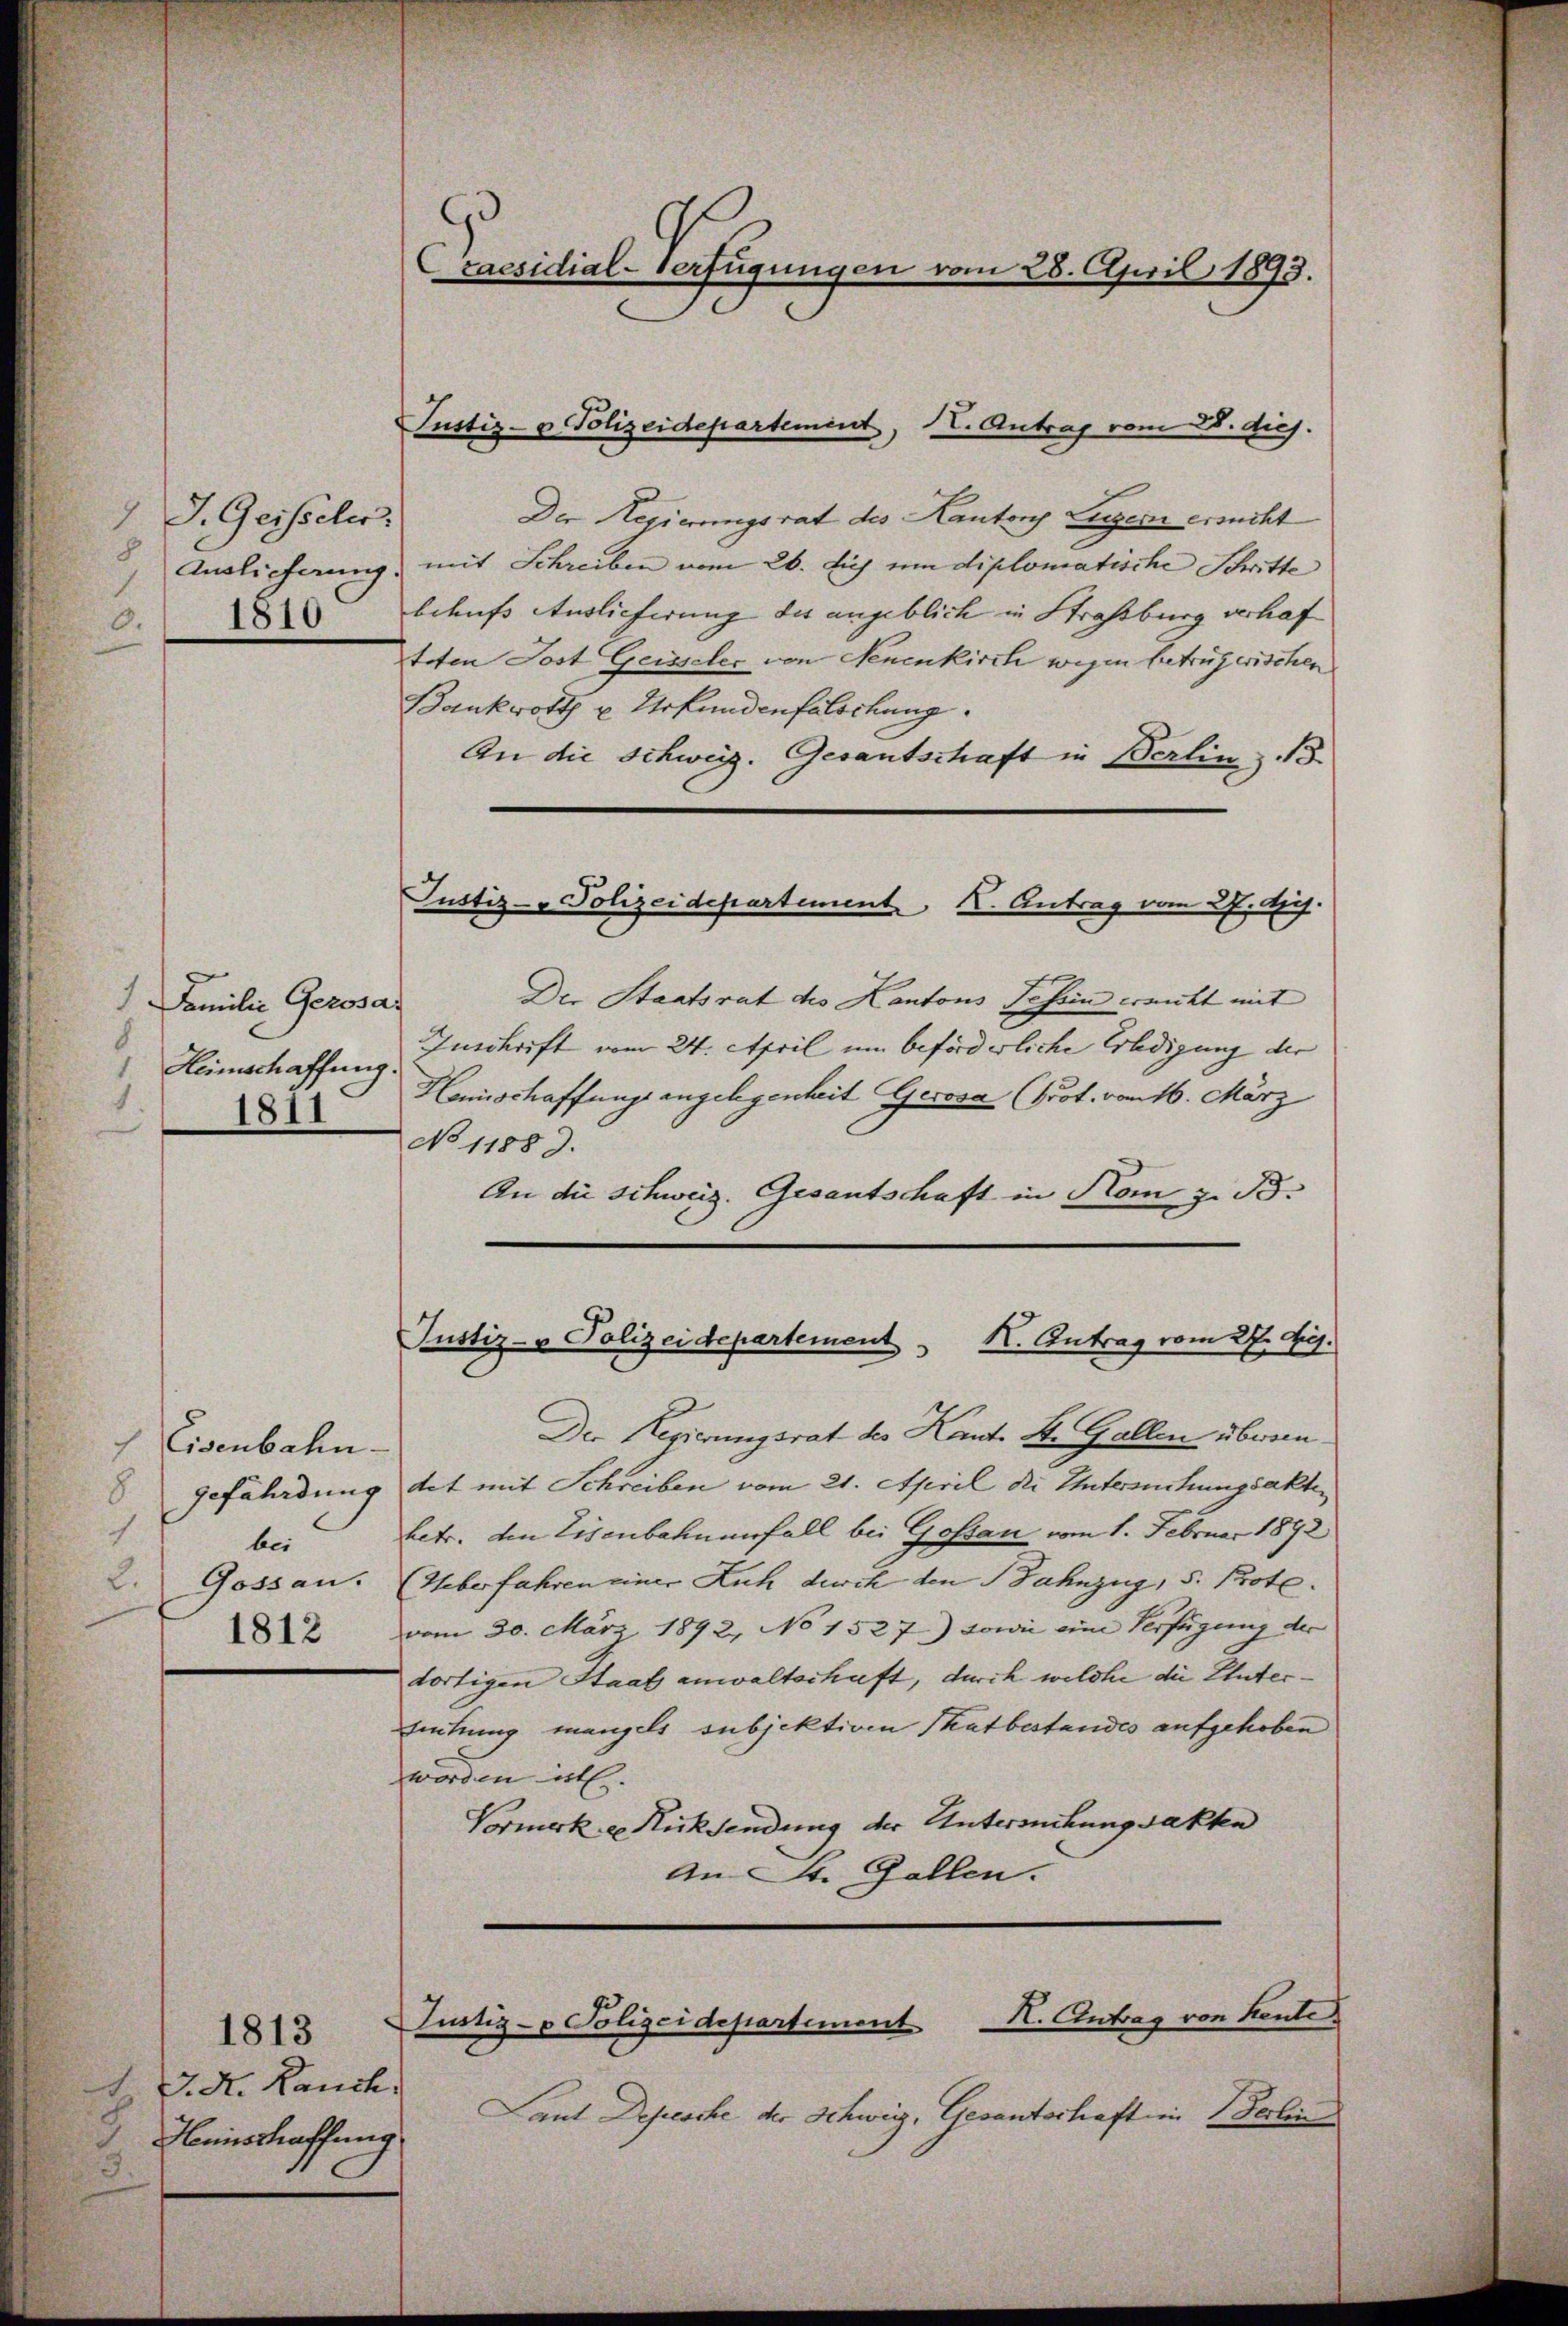
J. Geisseler.
1
8
1810
0.

Familie Gerosas
8
Heimschaffung.
1
1811

Eisenbahn.
7
8
4
bei
2.Gossau.
1812

1813
IV. A. Rauch,
Hinschaffung
3

raesidial-Verfügungen vom 28. April 1893.
.

Justiz- & Polizeidepartement, VV. Antrag vom 2. diej.

Der Regierungsrat des Kantons Luzern erricht
Auslieferung, mit Schreiben vom 26. huj um diplomatische Schritte
behufs Auslieferung des angeblich in Straßburg verhaf
teten Jost Geisseler von Neuenkirch wegen betrügerischen
Bankrott u. Urkundenfalschung.
An die Schweiz. Gesantschaft in Berlin 13.

Justiz-Polizeidepartement K. Antrag vom 27. d.

Der Staatsrat des Kantons Tehin erricht mit
Inchrift vom 24. April um beförderliche Erledigung der
Homischaffungs angelegenheit Gerosa (Prot. vom 16. März
No 11889.
An die Schweiz. Gesantschaft in Kom z. B.

Der Regierungsrat des Kant. St. Gallen übereingefährdung dit mit Schreiben vom 21. April die Untersuchungsakter
betr. den Eisenbahnenfall bei Gossau vom 1. Februar 1892
Ueberfahren einer Kuh durch den Bahnzug, 5. Protevom 30. März 1892, No 1527) sowie eine Verfügung der
dortigen Staat anwaltschaft, durch welche die Unter¬
Leitung mangels subjektion Thatbestandes aufgehoben
worden ist.
Vormerk u. Rücksendung der Untersuchungsakten
An St. Gallen.

Laut Depesche der Schweiz, Gesantschaft in Verbin

Justiz- & Polizeidepartement K. Antrag vom 27. A.

H. Antrag von Kente.
Justiz- & Polizeidepartement